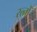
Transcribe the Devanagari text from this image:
रत्नोँ